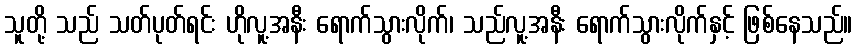
သူတို့ သည် သတ်ပုတ်ရင်း ဟိုလူ့အနီး ရောက်သွားလိုက်၊ သည်လူ့အနီး ရောက်သွားလိုက်နှင့် ဖြစ်နေသည်။